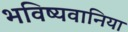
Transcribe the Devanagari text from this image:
भविष्यवानिया